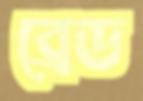
ব্রেড